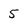
Character: 5